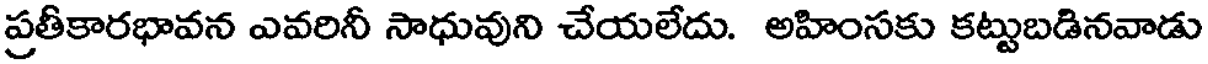
ప్రతీకారభావన ఎవరినీ సాధువుని చేయలేదు. అహింసకు కట్టుబడినవాడు